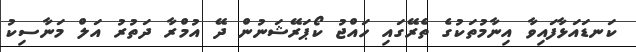
ކަނޑައަޅާފައިވާ އިނާމުތަކުގެ ތެރޭގައި ހައްޖު ކޯޕަރޭޝަނުން ދޭ އުމްރާ ދަތުރު އަލް މަނާސިކު